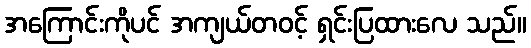
အကြောင်းကိုပင် အကျယ်တဝင့် ရှင်းပြထားလေ သည်။